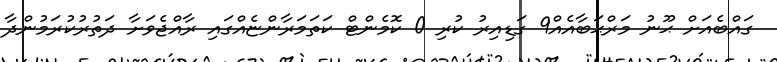
ގައްބެއަށް ޙޫނު މަރްޙަބާއެއް9 ގަޑިއިރު ކުރި 0 ކޮމެންޓް ކަތަމަރާންޏެއްގައި ރާއްޖެވަށާ ދަތުރުކުރަމުންދާ